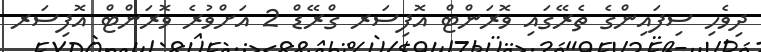
ދިވެހި ސިފައިންގެ ތެރޭގައި ވޮރަންޓް އޮފިސަރ ގްރޭޑް 2 އަށްވުރެ ވޮރަންޓް އޮފިސަރ